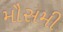
મૌસમી